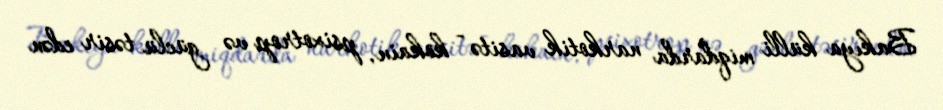
Bakıya külli miqdarda narkotik vasitə - kokain, psixotrop və güclü təsir edən